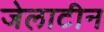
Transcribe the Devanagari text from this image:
जेलाटीन